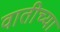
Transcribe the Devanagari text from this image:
वातीच्या